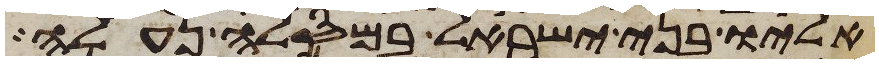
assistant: אליו בני ישראל במסלה נעלה